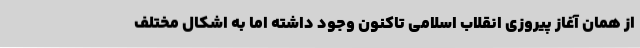
از همان آغاز پیروزی انقلاب اسلامی تاکنون وجود داشته اما به اشکال مختلف